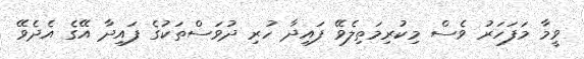
ވީމާ މަފަހަރު ވެސް މިކުރިމަތިލެވޭ ފައިދާ ހުރި ދުވަސްތަކުގެ ފައިދާ އޭގެ އެދެވޭ